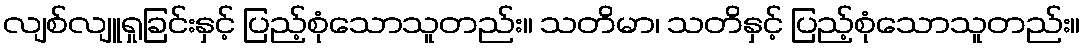
လျစ်လျူရှုခြင်းနှင့် ပြည့်စုံသောသူတည်း။ သတိမာ၊ သတိနှင့် ပြည့်စုံသောသူတည်း။